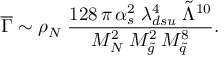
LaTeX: \overline { { { \Gamma } } } \sim \rho _ { N } \; \frac { 1 2 8 \, \pi \, \alpha _ { s } ^ { 2 } \; \lambda _ { d s u } ^ { 4 } \; \tilde { \Lambda } ^ { 1 0 } } { M _ { N } ^ { 2 } \; M _ { \tilde { g } } ^ { 2 } \, M _ { \tilde { q } } ^ { 8 } } .